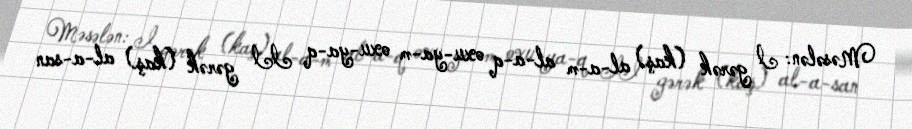
Məsələn: I gərək (kaş) al-a-m al-a-q oxu-ya-m oxu-ya-q II gərək (kaş) al-a-san